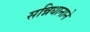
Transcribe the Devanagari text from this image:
सन्निधानाने